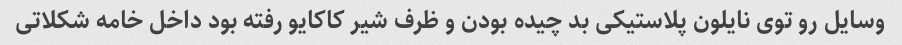
وسایل رو توی نایلون پلاستیکی بد چیده بودن و ظرف شیر کاکایو رفته بود داخل خامه شکلاتی